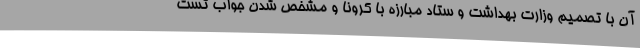
آن با تصمیم وزارت بهداشت و ستاد مبارزه با کرونا و مشخص شدن جواب تست